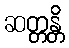
ဆတ္တန္တိ